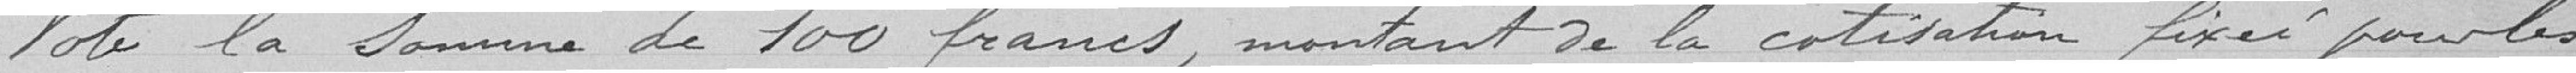
Vote la somme de 100 francs, montant de la cotisation fixée pour les